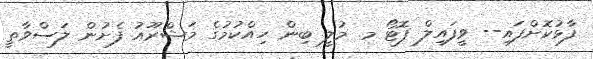
ފާޅުކޮށްފައި-- ވީފައިލް ފޮޓޯ މ. މުލީ ބިން ހިއްކުމުގެ މަޝްރޫއު ފެށުން ލަސްވާތީ